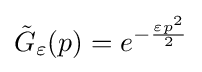
{\tilde {G}}_{\varepsilon }(p)=e^{-{\frac {\varepsilon p^{2}}{2}}}